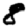
Digit: 8